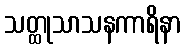
သတ္ထုသာသနကာရိနာ